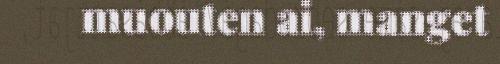
muouten ai, manget